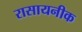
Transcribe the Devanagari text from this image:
रासायनीक